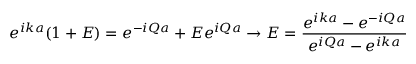
e ^ { i k a } ( 1 + E ) = e ^ { - i Q a } + E e ^ { i Q a } \rightarrow E = \frac { e ^ { i k a } - e ^ { - i Q a } } { e ^ { i Q a } - e ^ { i k a } }